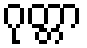
ဂုတ္တာ